Indian journal of veterinary science and animal husbandry - Volume 5,
Year: 1935
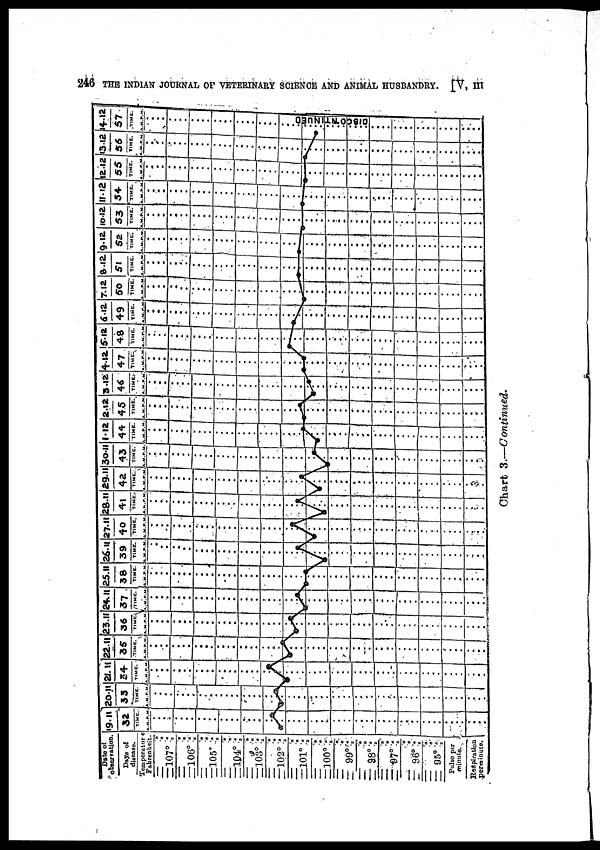
246 THE INDIAN JOURNAL OF VETERINARY SCIENCE AND ANIMAL HUSBANDRY. [V, III
Chart 3.—Continued.